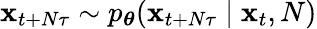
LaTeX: \mathbf{x}_{t+N\tau}\sim p_{\boldsymbol\theta}(\mathbf{x}_{t+N\tau}\mid\mathbf{x}_{t},N)